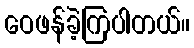
ဝေဖန်ခဲ့ကြပါတယ်။